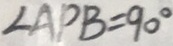
\angle A P B = 9 0 ^ { \circ }